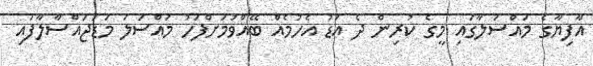
އާފިޔާގެ މައްސަލާގައި މީގެ ކުރިން ދެ އަޑު އެހުމެއް ބޭއްވުމަށްފަހު މައްސަލަ މަޑުޖައްސާލާފައި